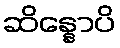
ဆိန္နောပိ